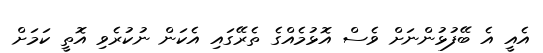
އެއީ އެ ބޭފުޅުންނަށް ވެސް އޮޅުމެއްގެ ތެރޭގައި އެކަން ނުކުރެވި އޮތީ ކަމަށް